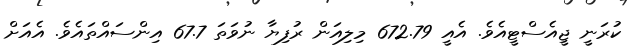
ކުރަނީ ޖީއެސްޓީއެވެ. އެއީ 672.79 މިލިއަން ރުފިޔާ ނުވަތަ 67.7 އިންސައްތައެވެ. އެއަށް